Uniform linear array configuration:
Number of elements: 12
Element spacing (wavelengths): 1
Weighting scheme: hann
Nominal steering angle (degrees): -60
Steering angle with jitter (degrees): -59.468
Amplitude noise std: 0.05
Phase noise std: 0.05

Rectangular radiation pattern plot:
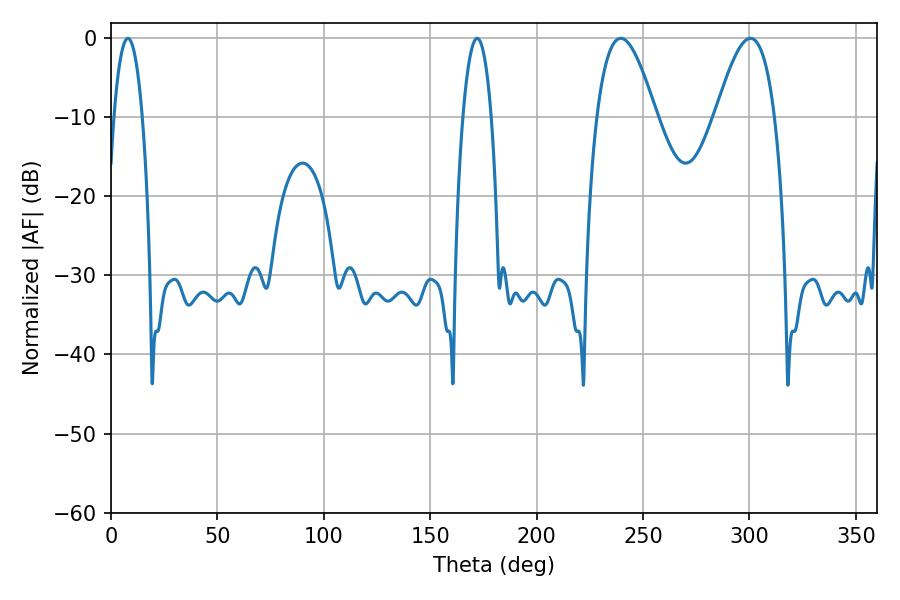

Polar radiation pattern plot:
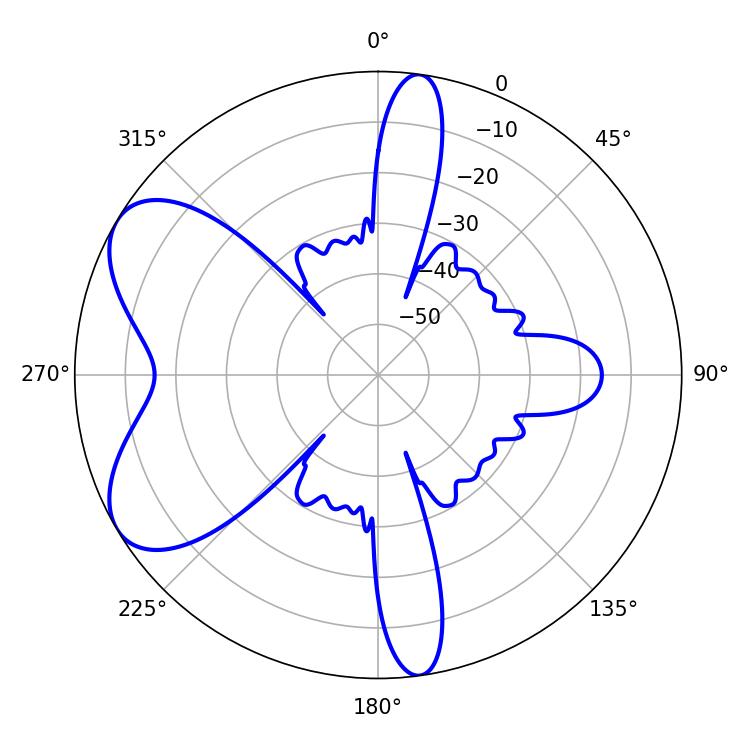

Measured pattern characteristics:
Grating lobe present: TRUE
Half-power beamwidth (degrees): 7.38
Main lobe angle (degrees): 7.92